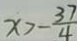
x > - \frac { 3 7 } { 4 }